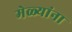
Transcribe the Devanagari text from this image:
मेळ्यांना